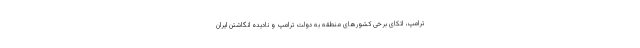
ترامپ، اتکای برخی کشورهای منطقه به دولت ترامپ و نادیده انگاشتن ایران